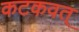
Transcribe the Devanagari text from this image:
कटकवत्